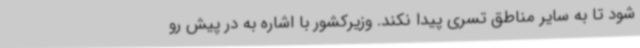
شود تا به سایر مناطق تسری پیدا نکند. وزیرکشور با اشاره به در پیش رو